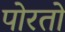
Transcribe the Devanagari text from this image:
पोरतो